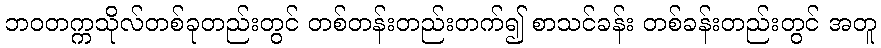
ဘဝတက္ကသိုလ်တစ်ခုတည်းတွင် တစ်တန်းတည်းတက်၍ စာသင်ခန်း တစ်ခန်းတည်းတွင် အတူ